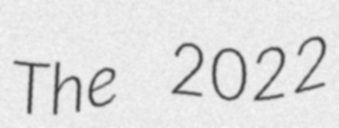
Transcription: The 2022